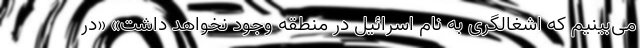
می‌بینیم که اشغالگری به نام اسرائیل در منطقه وجود نخواهد داشت» «در